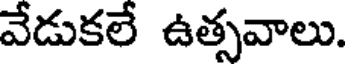
వేడుకలే ఉత్సవాలు.